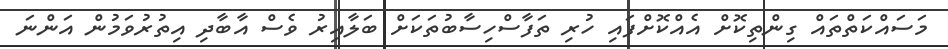
މަސައްކަތްތައް ގިންތިކޮށް އެއްކޮށްފައި ހުރި ތަފާސްހިސާބުތަކަށް ބަލާއިރު ވެސް އާބާދި އިތުރުވަމުން އަންނަ